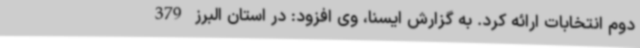
دوم انتخابات ارائه کرد. به گزارش ایسنا، وی افزود: در استان البرز 379